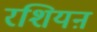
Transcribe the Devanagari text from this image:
रशियऩ